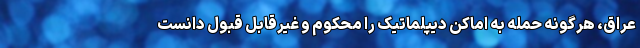
عراق، هرگونه حمله به اماکن دیپلماتیک را محکوم و غیرقابل قبول دانست